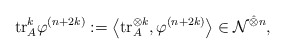
\begin{align*}{\rm{tr}}_{A}^k\varphi^{(n+2k)}:=\left\langle {\rm{tr}}_{A}^{\otimes k},\varphi^{(n+2k)}\right\rangle\in {\mathcal N}^{\hat{\otimes} n},\end{align*}